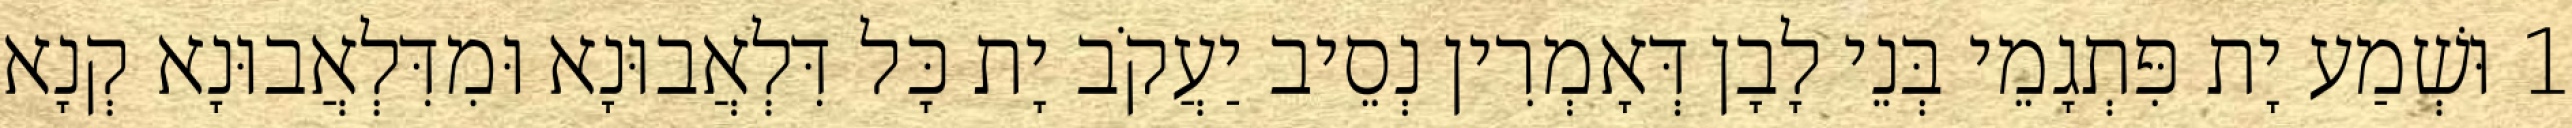
1 וּשְׁמַע יָת פִּתְגָמֵי בְּנֵי לָבָן דְּאָמְרִין נְסֵיב יַעֲקֹב יָת כָּל דִּלְאֲבוּנָא וּמִדִּלְאֲבוּנָא קְנָא